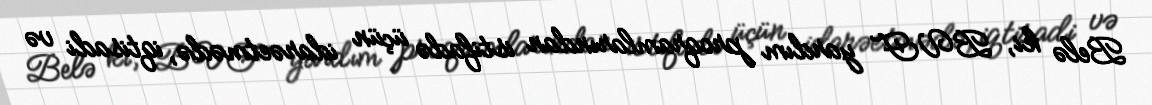
Belə ki, BVF yardım proqramlarından istifadə üçün idarəetmədə, iqtisadi və